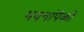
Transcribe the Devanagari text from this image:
भवनांपैकी